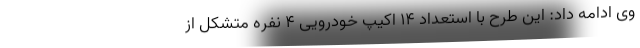
وی ادامه داد: این طرح با استعداد ۱۴ اکیپ خودرویی ۴ نفره متشکل از